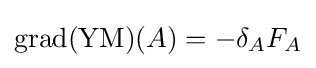
\operatorname {grad} (\operatorname {YM} )(A)=-\delta _{A}F_{A}